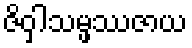
ဇိဝှါသမ္ဖဿဇာယ